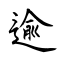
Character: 逾